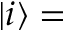
| i \rangle =